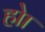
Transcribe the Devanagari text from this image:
होा